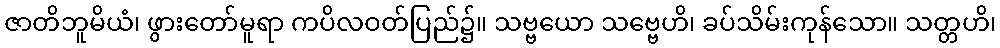
ဇာတိဘူမိယံ၊ ဖွားတော်မူရာ ကပိလဝတ်ပြည်၌။ သဗ္ဗယော သဗ္ဗေဟိ၊ ခပ်သိမ်းကုန်သော။ သတ္တဟိ၊